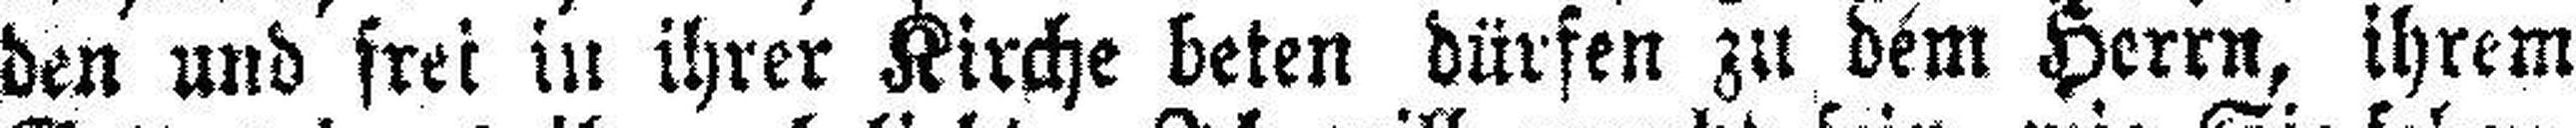
den und frei in ihrer Kirche beten dürfen zu dem Herrn, ihrem